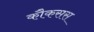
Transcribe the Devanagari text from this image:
कौकसस